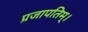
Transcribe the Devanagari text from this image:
प्रजापतिम्।